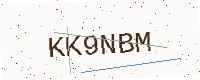
Text: KK9NBM